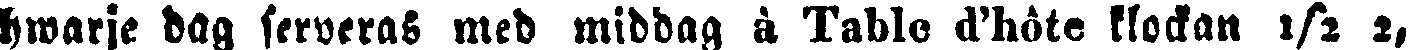
hwarje dag serveras med middag à Table d'hôte klockan ½ 2,